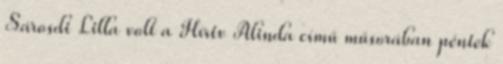
Sárosdi Lilla volt a Hírtv Alinda című műsorában péntek